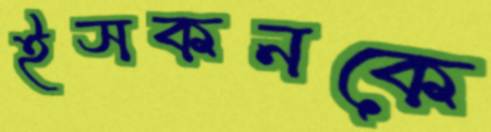
ইসকনকে